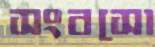
সংবসো